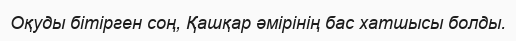
Оқуды бітірген соң, Қашқар әмірінің бас хатшысы болды.